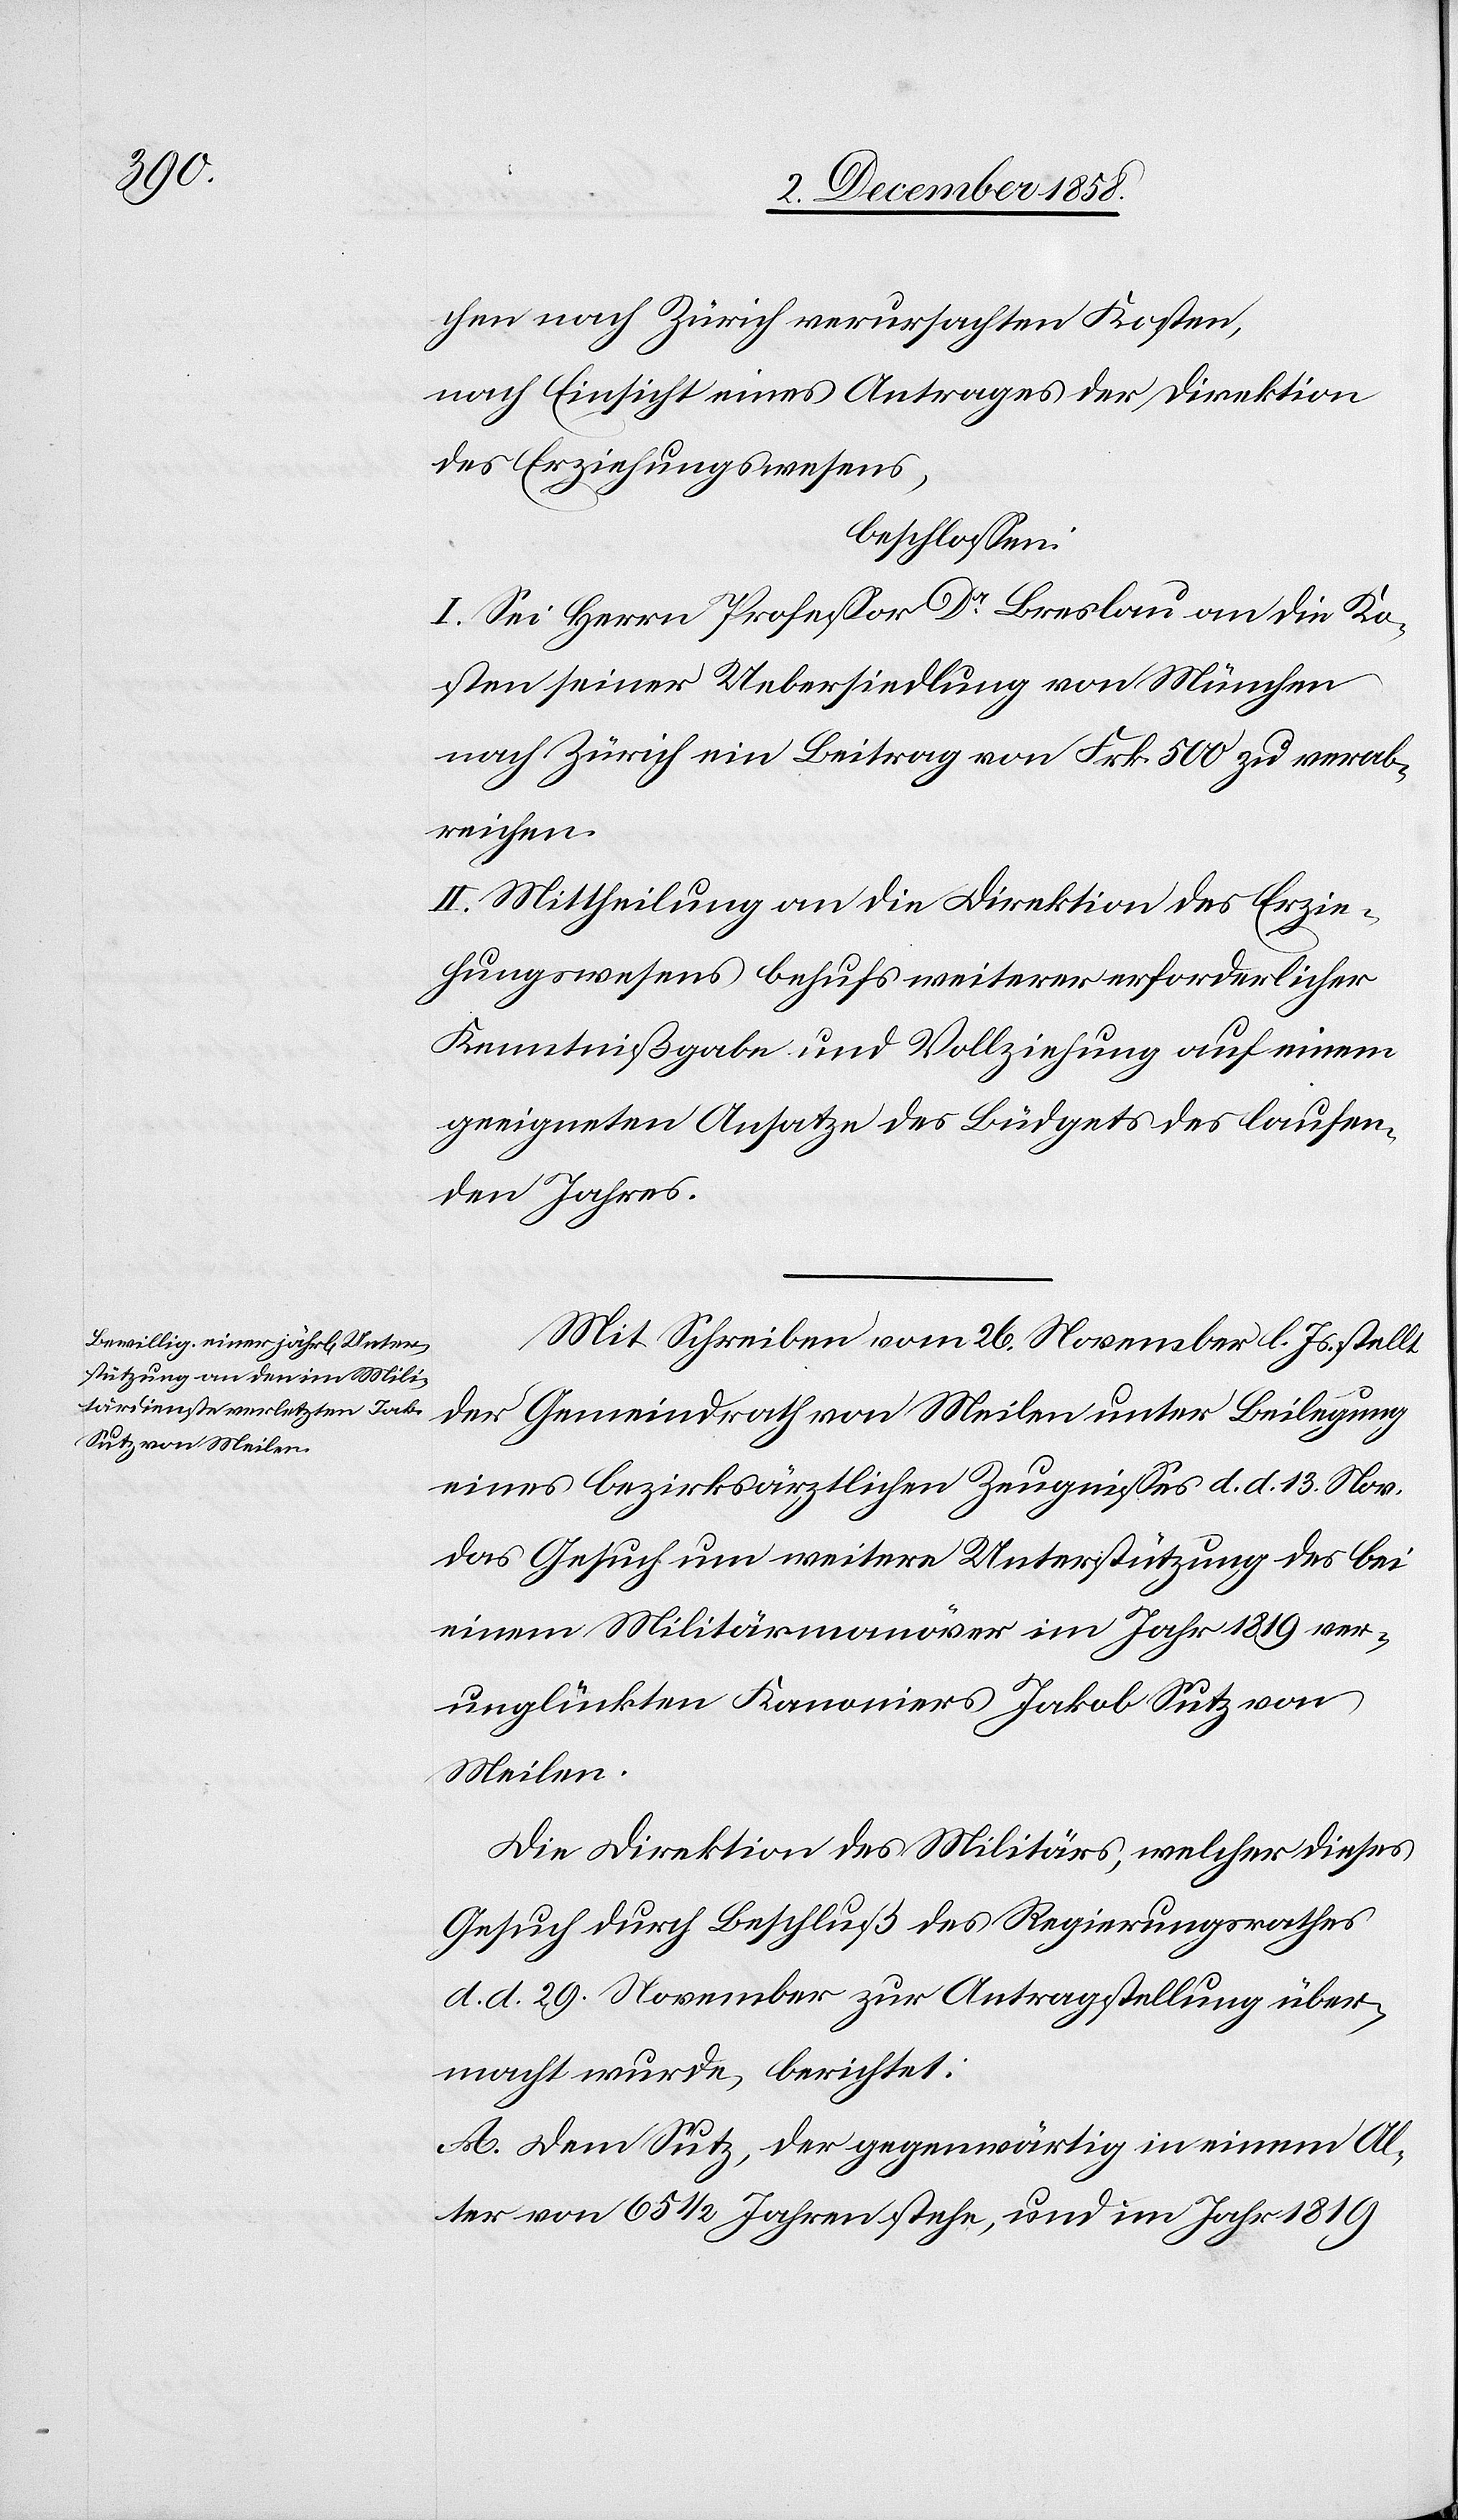
chen nach Zürich verursachten Kosten,
nach Einsicht eines Antrages der Direktion
des Erziehungswesens,
beschlossen:
I. Sei Herrn Professor Dr Breslau an die Ko¬
sten seiner Uebersiedlung von München
nach Zürich ein Beitrag von Frk. 500 zu verab¬
reichen.
II. Mittheilung an die Direktion des Erzie¬
hungswesens behufs weiterer erforderlicher
Kenntnißgabe und Vollziehung auf einem
geeigneten Ansatze des Büdgets des laufen¬
den Jahres.
Mit Schreiben vom 26. November l. Js. stellt
der Gemeindrath von Meilen unter Beilegung
eines bezirksärztlichen Zeugnisses d. d. 13. Nov.
das Gesuch um weitere Unterstützung des bei
einem Militärmanöver im Jahr 1819 ver¬
unglückten Kanoniers Jakob Sutz von
Meilen.
Die Direktion des Militärs, welcher dieses
Gesuch durch Beschluß des Regierungsrathes
d. d. 29. November zur Antragstellung über¬
macht wurde, berichtet:
A. Dem Sutz, der gegenwärtig in einem Al¬
ter von 65 1/2 Jahren stehe, und im Jahr 1819